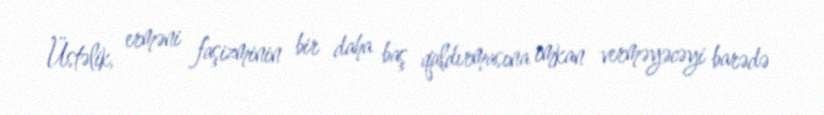
Üstəlik, erməni faşizminin bir daha baş qaldırmasına imkan verməyəcəyi barədə